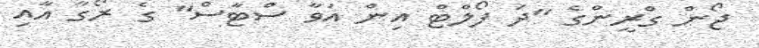
ޖޯން ގްރީންގެ "ދަ ފޯލްޓް އިން އަވާ ސްޓާސް" ގެ ރޯގާ އާއި